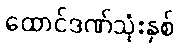
ထောင်ဒဏ်သုံးနှစ်